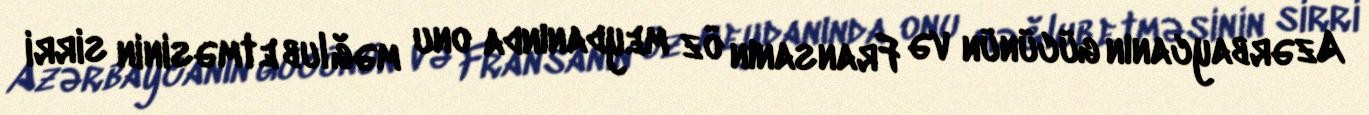
Azərbaycanın gücünün və Fransanın öz meydanında onu məğlub etməsinin sirri